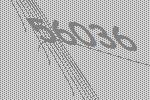
56036